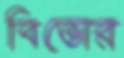
বিভোর